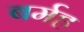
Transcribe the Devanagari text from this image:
बर्मह